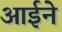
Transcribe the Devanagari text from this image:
आर्इने